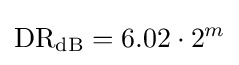
\mathrm {DR_{dB}} =6.02\cdot 2^{m}